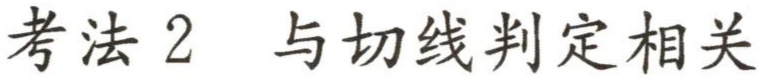
考法 2 与切线判定相关